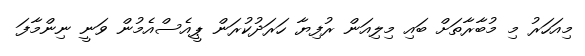
މިއަހަރު މި މުބާރާތަށް ބައި މިލިއަން ރުފިޔާ ހަރަދުކުރަން ޕީއެސްއެމުން ވަނީ ނިންމާފަ